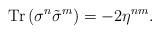
LaTeX: \begin{align*}{\rm Tr}\,(\sigma^n\tilde\sigma^m)=-2\eta^{nm}.\end{align*}